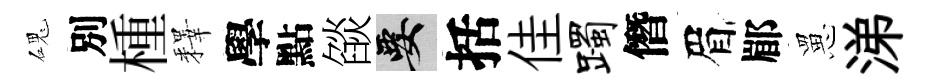
磈別㮔釋學點燄要括佳躅僭眉郿罳涕